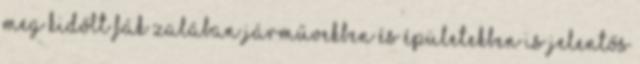
meg kidőlt fák Zalában Járművekben és épületekben is jelentős